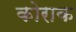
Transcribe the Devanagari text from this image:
कोराक